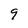
Character: 9